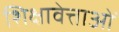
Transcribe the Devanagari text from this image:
शिक्षावेत्ताओं